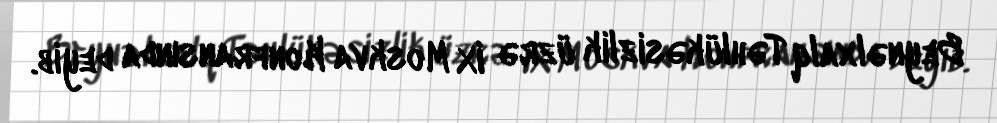
Beynəlxalq Təhlükəsizlik üzrə IX Moskva Konfransında deyib.